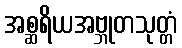
အစ္ဆရိယအဗ္ဘုတသုတ္တံ